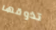
تذوقها